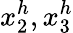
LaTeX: x_{2}^{h},x_{3}^{h}